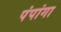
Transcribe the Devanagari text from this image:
पंपांगा